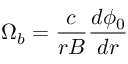
\Omega _ { b } = \frac { c } { r B } \frac { d \phi _ { 0 } } { d r }